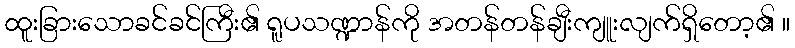
ထူးခြားသောခင်ခင်ကြီး၏ ရူပသဏ္ဍာန်ကို အတန်တန်ချီးကျူးလျက်ရှိတော့၏ ။